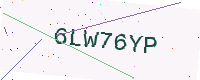
Text: 6LW76YP